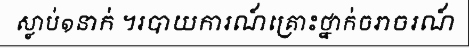
ស្លាប់១នាក់ ។របាយការណ៍គ្រោះថ្នាក់ចរាចរណ៍